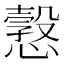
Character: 𢢿